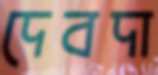
দেবদা